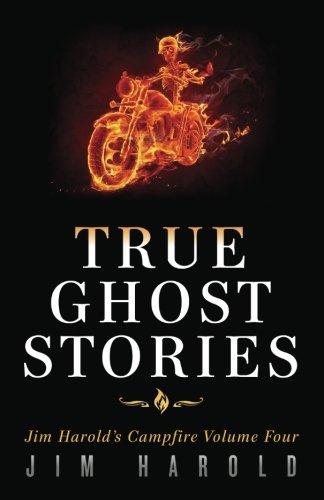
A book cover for True Ghost Stories: Jim Harold's Campfire 4 (Volume 4); Jim Harold; Religion & Spirituality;